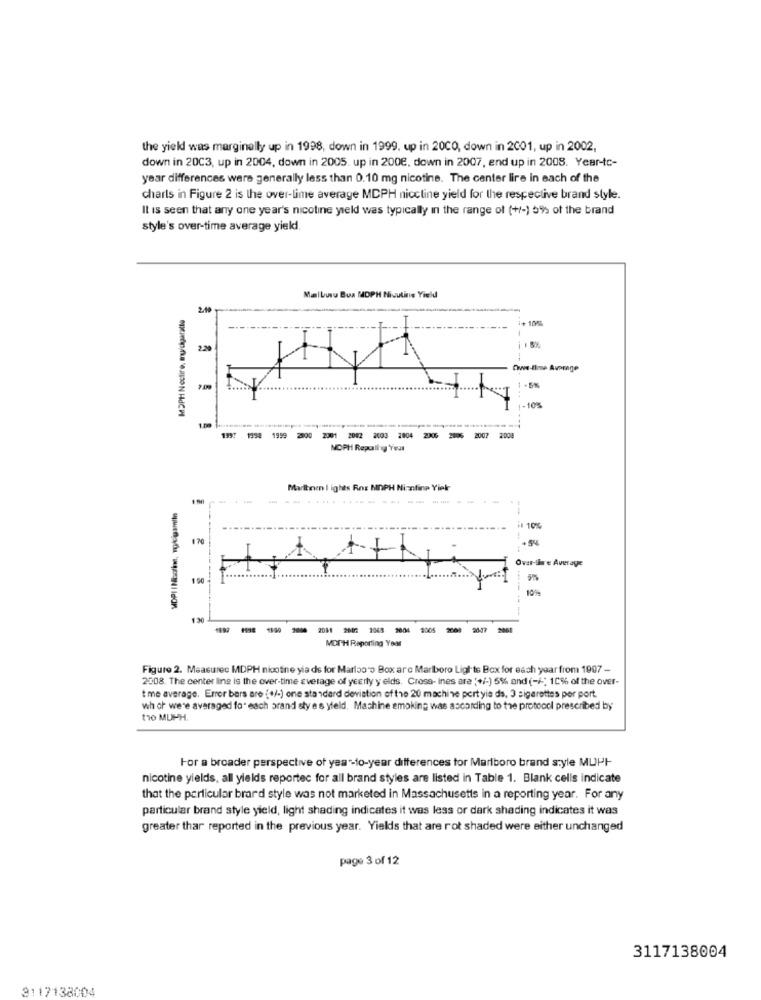
the yield was marginally up in 1998, down in 1999. up in 2000, down in 2001, up in 2002.
down in 20C3, up in 2004, down in 2005. up in 200€, down in 2007, end up in 2008. Year-to-
year differences were generally less than 0.10 mg nicotine. The center lire in each of the
charts in Figure 2 is the over-lime average MDPH niccline yield for the respective brand style.
It is seen that any one year's nicoline yield was typically in the range of (+/-) 5% of the brand
style's over-time average yield.
Malbusu Bua MDPH Nisuline Yield
MDPH Nostire, myrchaaratte
------
---
2.29
15%
HHHH
Owe-line Average
.5%
1-10%
1997 1998 1999
2000 2001 2082 2003 2004 2006 2006 2007 2008
MOPH Reporting Your
Marlbeen I ighes Ros MDPH Nimatinp Yiek
-
-----
il 10%
170
-1
Ovar-Ihre Average
130
1190 2004 2081 2007 2048 3004 2005
2008
2-17
2001
MDIH Raporting Year
Figure 2. Measurec MDPH nicotine yia de for Marlao'o Box are Marlboro Lights Box for each year from 1997 -
2308. The center line is the over-time average of yearly y elds. Cross- Ines are (+/-) 55% and (-/-" 10% of the over-
t me average, Error bars are (+/-) one standard deviation of the 20 machine pertyle ds, 3 cigarettes per port
wh ch were averaged for each brand sty es yield. Machine emoking was according to the protocol prescribed by
tro MUPH.
For a broader perspective of year-to-year differences tor Marlboro brand style MUPI-
nicotine yields, all yields reportec for all brand styles are listed in Table 1. Blank cells indicate
that the particular brard style was not marketed in Massachusetts in a reporting year. For any
particular brand style yield, light shading indicates it was less or dark shading indicates it was
greater thar reported in the previous year. Yields that are rot shaded were either unchanged
page 3 of 12
3117138004
3117138004